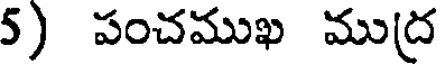
5) పంచముఖ ముద్ర